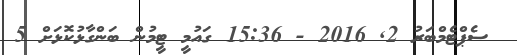
ސެޕްޓެމްބަރު 2